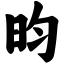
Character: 昀